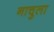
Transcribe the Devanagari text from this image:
नाचुला